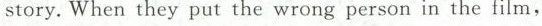
story.When they put the wrong person in the film,